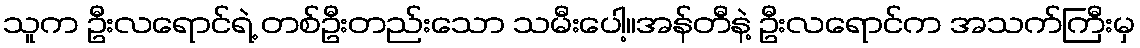
သူက ဦးလရောင်ရဲ့ တစ်ဦးတည်းသော သမီးပေါ့။အန်တီနဲ့ ဦးလရောင်က အသက်ကြီးမှ